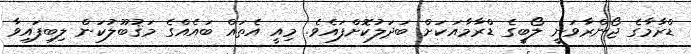
ޑްރާމާގެ ޖޯންރާވަނީ ލޯބީގެ ޑްރާމާއަކަށް ބަދަލުކޮށްފައެވެ. މިއީ އެތައް ބައެއްގެ މަޤުބޫލުކަން ލިބިފައިވާ